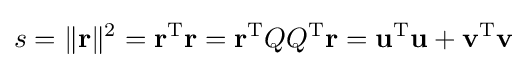
s=\|\mathbf {r} \|^{2}=\mathbf {r} ^{\rm {T}}\mathbf {r} =\mathbf {r} ^{\rm {T}}QQ^{\rm {T}}\mathbf {r} =\mathbf {u} ^{\rm {T}}\mathbf {u} +\mathbf {v} ^{\rm {T}}\mathbf {v}